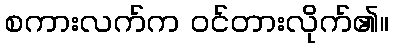
စကားလက်က ဝင်တားလိုက်၏။